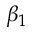
\beta _ { 1 }